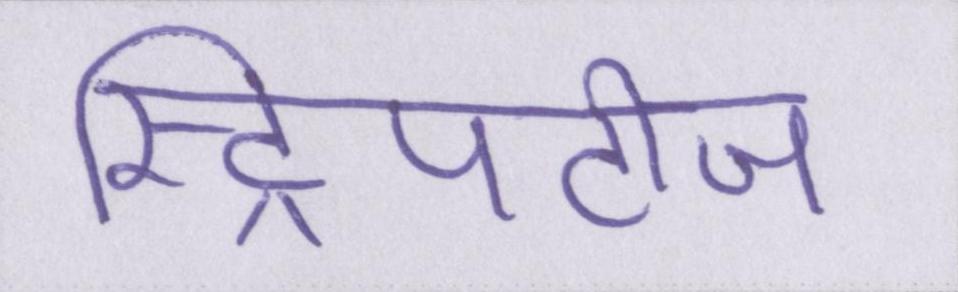
स्ट्रिपटीज